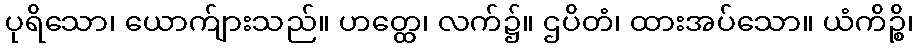
ပုရိသော၊ ယောက်ျားသည်။ ဟတ္ထေ၊ လက်၌။ ဌပိတံ၊ ထားအပ်သော။ ယံကိဉ္စိ၊